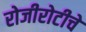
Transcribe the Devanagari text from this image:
रोजीरोटीचे